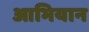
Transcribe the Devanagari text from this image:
आभियान